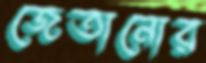
জেতানোর